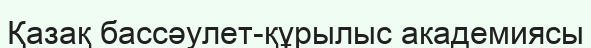
Қазақ бассәулет-құрылыс академиясы